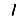
Digit: 1